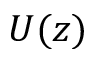
U ( z )